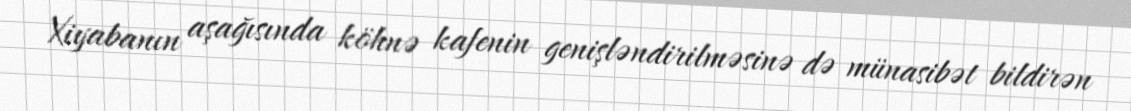
Xiyabanın aşağısında köhnə kafenin genişləndirilməsinə də münasibət bildirən